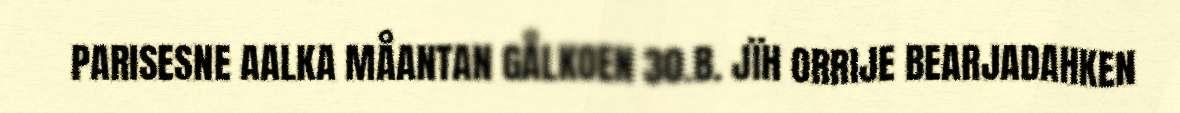
PARISESNE AALKA MÅANTAN GÅLKOEN 30.B. JÏH ORRIJE BEARJADAHKEN